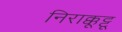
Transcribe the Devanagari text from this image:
निराक्कूट्टू